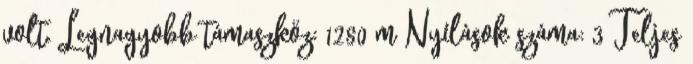
volt. Legnagyobb támaszköz: 1280 m Nyílások száma: 3 Teljes